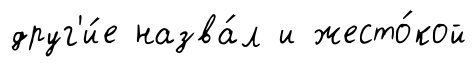
друг'и́е назва́л и жесто́кой